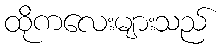
ထိုကလေးများသည်